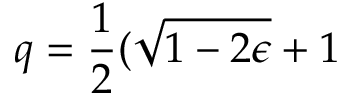
q = \frac { 1 } { 2 } ( \sqrt { 1 - 2 \epsilon } + 1